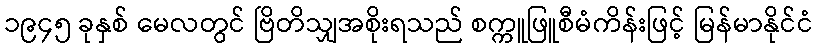
၁၉၄၅ ခုနှစ် မေလတွင် ဗြိတိသျှအစိုးရသည် စက္ကူဖြူစီမံကိန်းဖြင့် မြန်မာနိုင်ငံ